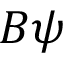
B \psi